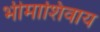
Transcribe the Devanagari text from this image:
भीमाशिवाय